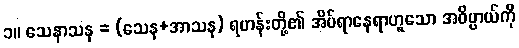
၁။ သေနာသန = (သေန+အာသန) ရဟန်းတို့၏ အိပ်ရာနေရာဟူသော အဓိပ္ပာယ်ကို